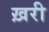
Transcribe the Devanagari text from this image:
ख़री